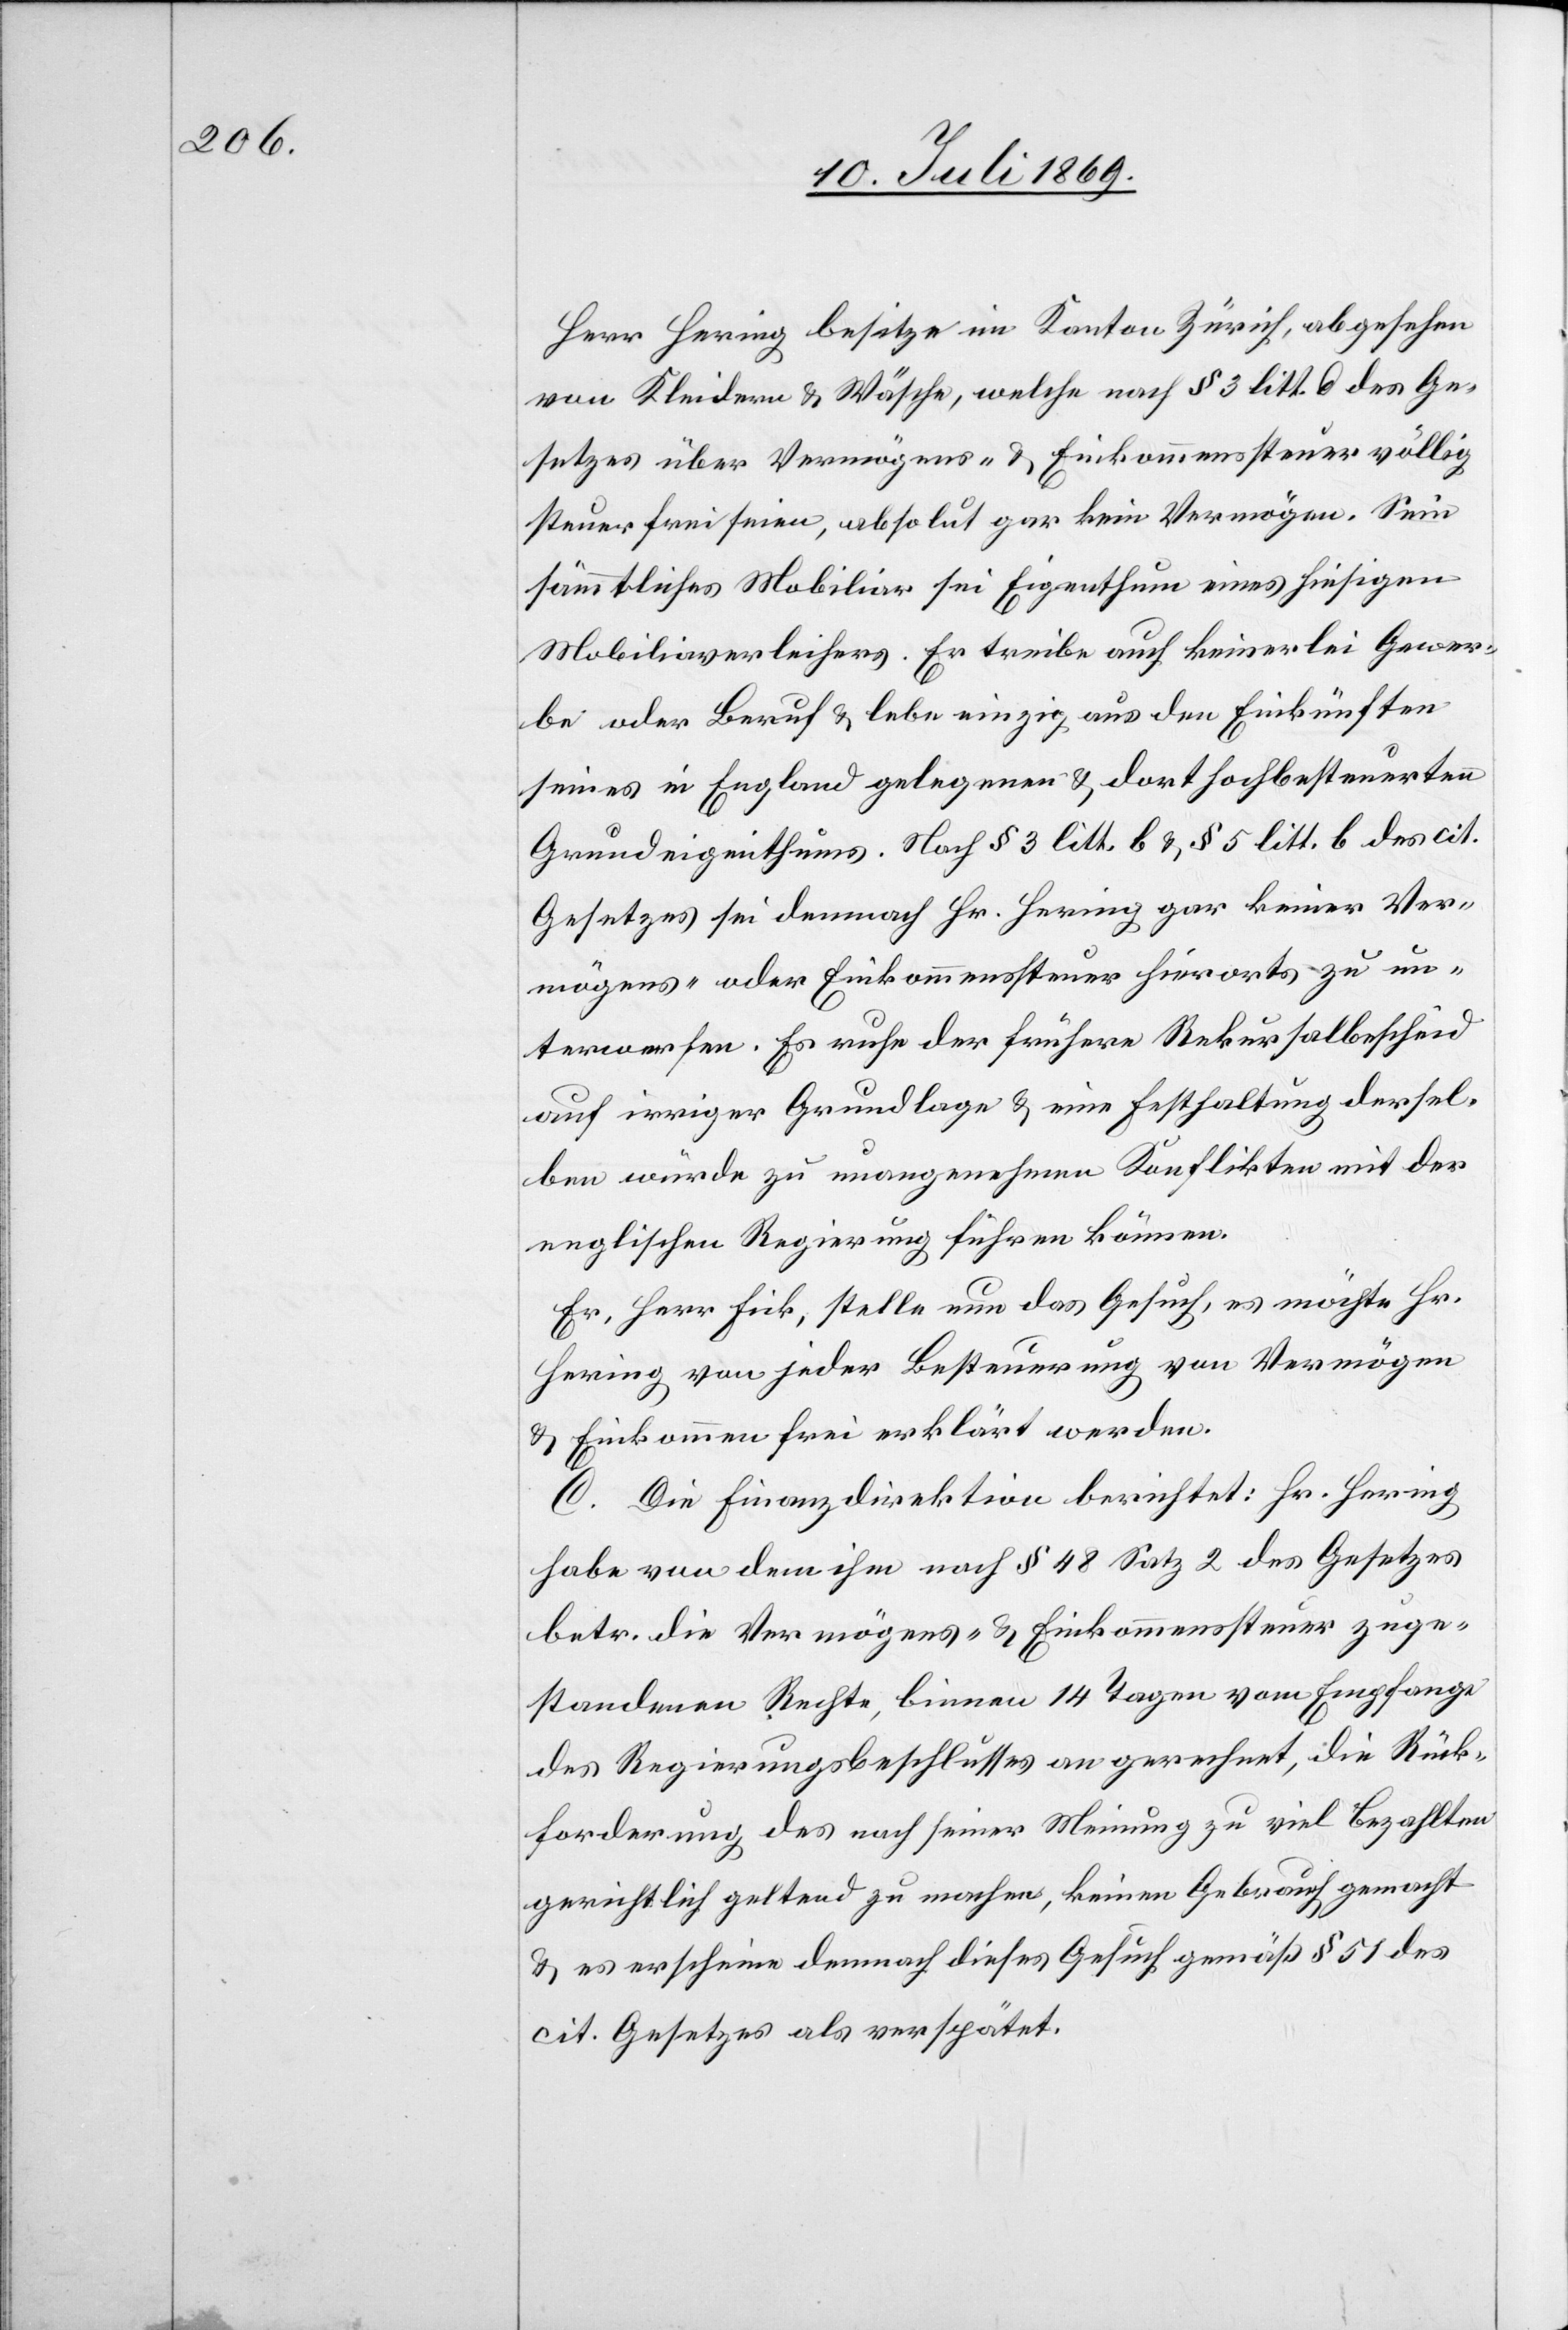
Herr Hering besitze im Kanton Zürich, abgesehen
von Kleidern u. Wäsche, welche nach § 3 litt. d des Ge¬
setzes über Vermögens- u. Einkommenssteuer völlig
steuerfrei seien, absolut gar kein Vermögen. Sein
sämmtliches Mobiliar sei Eigenthum eines hiesigen
Mobiliarverleihers. Er treibe auch keinerlei Gewer¬
be oder Beruf u. lebe aus den Einkünften
seines in England gelegenen u. dort hochbesteuerten
Grundeigenthums. Nach § 3 litt. b. u. § 5 litt. b des cit.
Gesetzes sei demnach Hr. Hering gar keiner Ver¬
mögens- oder Einkommenssteuer hierorts zu un¬
terwerfen. Es ruhe der frühere Rekursalbescheid
auf irriger Grundlage u. eine Festhaltung dersel¬
ben würde zu unangenehmen Konflikten mit der
englischen Regierung führen können.
Er, Herr Fick, stelle nun das Gesuch, es möchte Hr.
Hering von jeder Besteuerung von Vermögen
u. Einkommen frei erklärt werden.
C. Die Finanzdirektion berichtet: Hr. Hering
habe von dem ihm nach § 48 Satz 2 des Gesetzes
betr. die Vermögens- u. Einkommenssteuer zuge¬
standenen Rechte, binnen 14 Tagen vom Empfange
des Regierungsbeschlusses an gerechnet, die Rück¬
forderung des nach seiner Meinung zu viel bezahlten
gerichtlich geltend zu machen, keinen Gebrauch gemacht
u. es erscheine demnach dieses Gesuch gemäß § 51 des
cit. Gesetzes als verspätet.